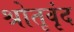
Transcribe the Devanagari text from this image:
श्रोतृवृंद